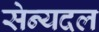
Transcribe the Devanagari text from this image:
सेन्यदल